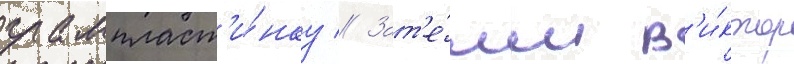
грампласт'и́нку // Зат'е́м в'и́ктор